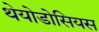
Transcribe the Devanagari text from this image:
थेयोडोसियस